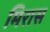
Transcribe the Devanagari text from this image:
मिरास